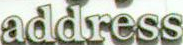
address